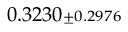
0 . 3 2 3 0 { \scriptstyle \pm 0 . 2 9 7 6 }